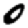
Digit: 0